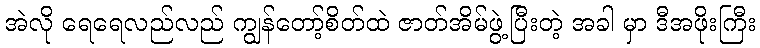
အဲလို ရေရေလည်လည် ကျွန်တော့်စိတ်ထဲ ဇာတ်အိမ်ဖွဲ့ပြီးတဲ့ အခါ မှာ ဒီအဖိုးကြီး